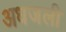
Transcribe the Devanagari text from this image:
अधजली